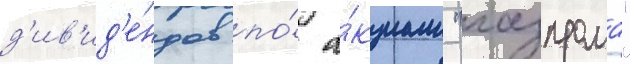
д'ив'ид'е́ндов по́ а́кциам "газпрома"